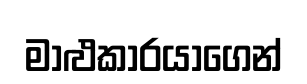
මාළුකාරයාගෙන්